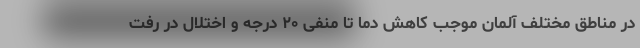
در مناطق مختلف آلمان موجب کاهش دما تا منفی ۲۰ درجه و اختلال در رفت